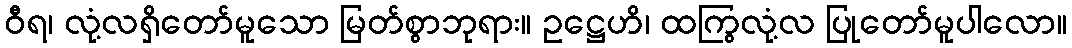
ဝီရ၊ လုံ့လရှိတော်မူသော မြတ်စွာဘုရား။ ဥဋ္ဌေဟိ၊ ထကြွလုံ့လ ပြုတော်မူပါလော။